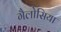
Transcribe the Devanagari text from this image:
गैलोसिया